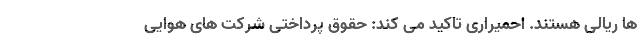
ها ریالی هستند. احمیراری تاکید می کند: حقوق پرداختی شرکت های هوایی